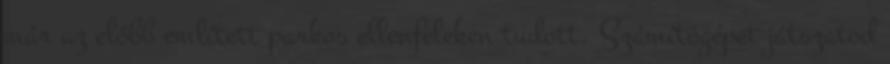
már az előbb említett parkos ellenfeleken tudott. Számítógépet játszatod